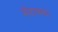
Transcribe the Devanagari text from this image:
मोराव्स्का